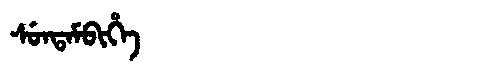
Manchu: ᠰᡠᠨᡨᠠᠮᠪᡳᡥᡝ
Romanization: SUNTAMBIHE